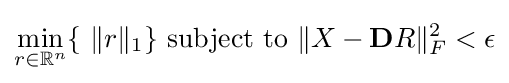
\min _{r\in \mathbb {R} ^{n}}\{\,\,\|r\|_{1}\}\,\,{\text{subject to}}\,\,\|X-\mathbf {D} R\|_{F}^{2}<\epsilon